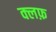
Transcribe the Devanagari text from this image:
क्लफ़